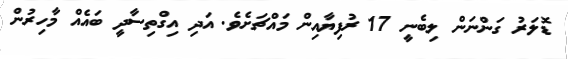
ޑޮލަރު ގަންނަން ލިބެނީ 17 ރުފިޔާއިން މައްޗަށެވެ. އަދި އިގްތިސާދީ ބައެއް މާހިރުން